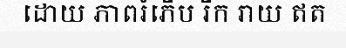
ដោយ ភាពរំភើប រីក រាយ ឥត